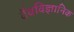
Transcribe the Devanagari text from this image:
वैवविज्ञानिक